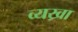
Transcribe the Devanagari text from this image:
व्यख्रा